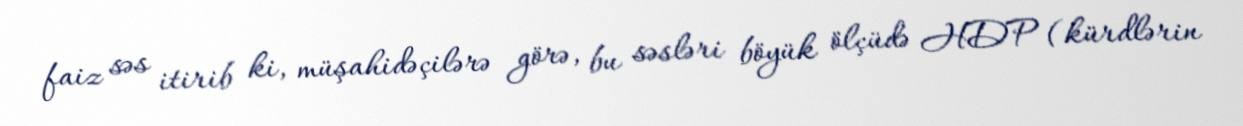
faiz səs itirib ki, müşahidəçilərə görə, bu səsləri böyük ölçüdə HDP (kürdlərin